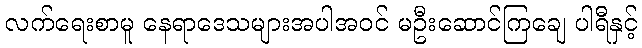
လက်ရေးစာမူ နေရာဒေသများအပါအဝင် မဦးဆောင်ကြချေ ပါရီနှင့်